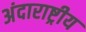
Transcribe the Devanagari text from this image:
अंदाराष्ट्रीय